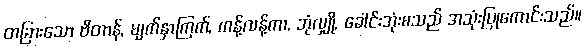
တခြားသော ဗိတာန်, မျက်နှာကြက်, ကန့်လန့်ကာ, ဘုံလျှို, ခေါင်းအုံးစသည် အသုံးပြုကောင်းသည်။